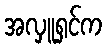
အလှူရှင်က